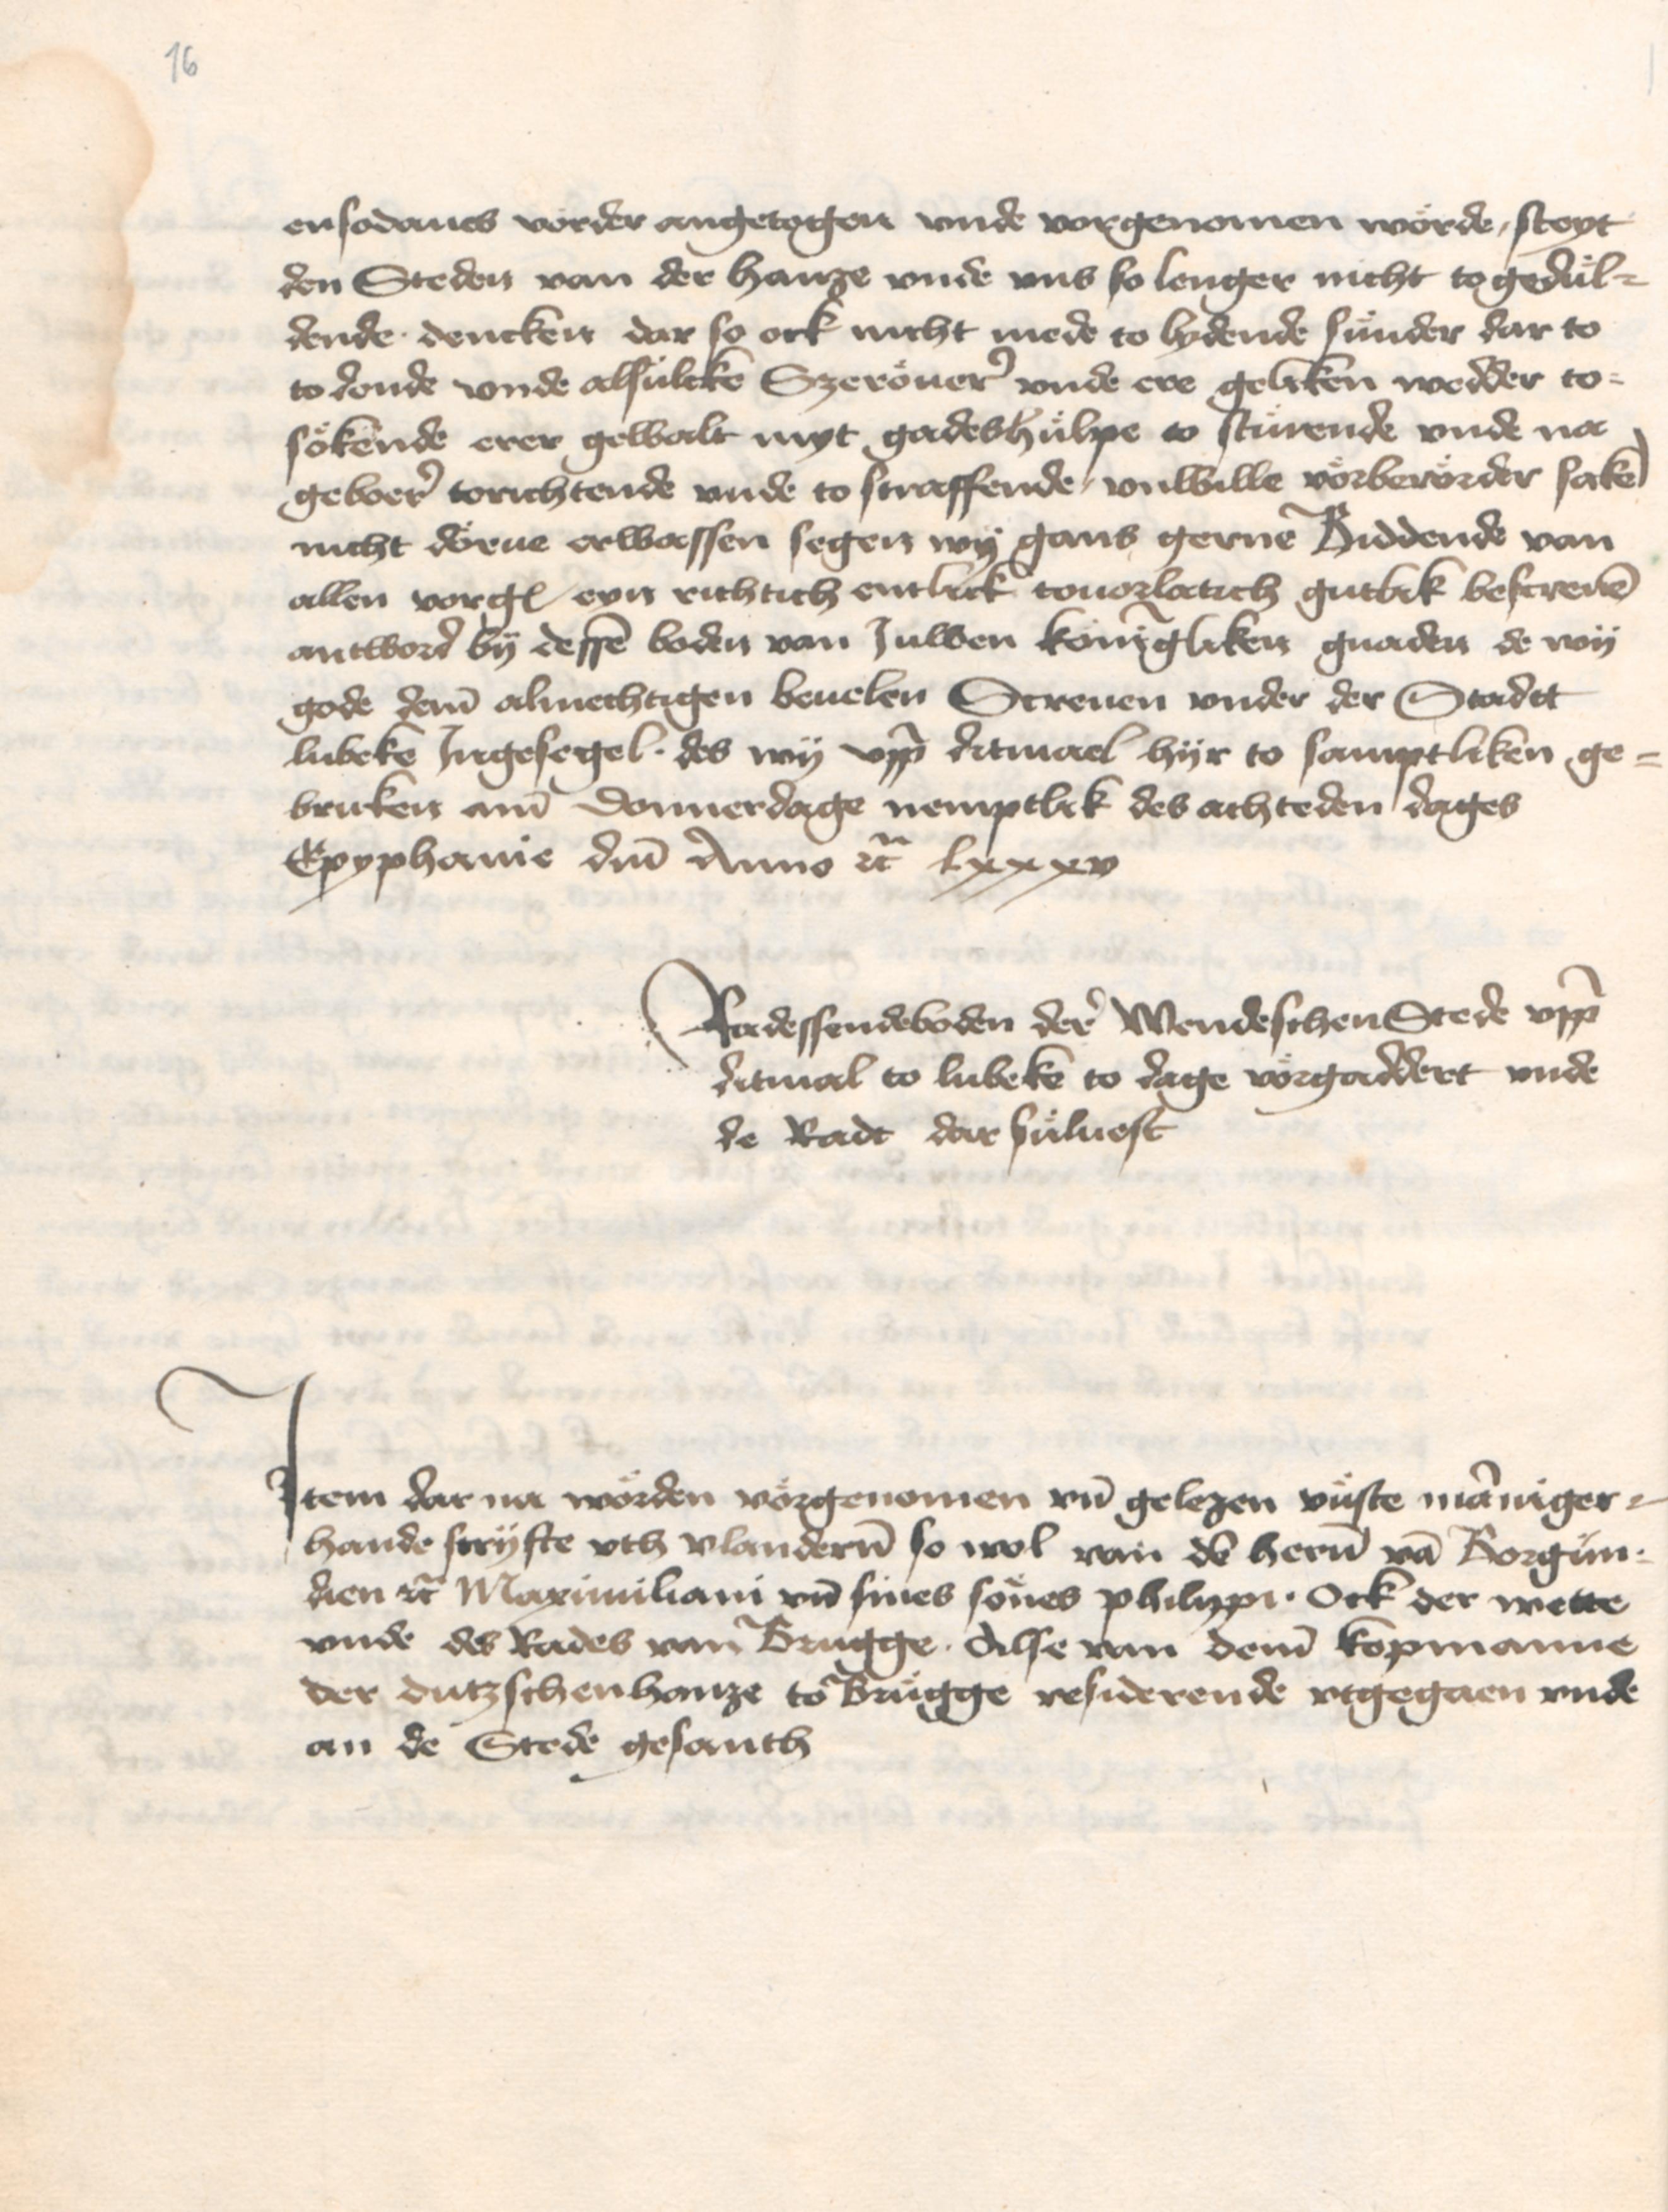
16

ensodanes vorder angetogen vnde vorgenomen worde, steyt
den Steden van der hanze vnde vns so lenger nicht togedul¬
dende . dencken dar so ock nicht mede to lydende sunder dar to
todonde vnde alsulcke Szeroeuer vnde ere geliken wedder to¬
soekende erer gewalt myt gadeshulpe to sturende vnde na
geboer torichtende vnde to straffende, vnwille voerberoerder sake
nicht doerue erwassen segen wy gans gerne Biddende van
allen vorgenomeden eyn richtich entlick touorlatich gutlik bescreuen
antword by dessen boden van Juwen koningliken gnaden de wy
gode deme almechtigen beuelen Screuen vnder der Stadtt
Lubeke Jnegesegel . des wy vppe ditmael hyr to samptliken ge¬
bruken ame donnerdage nemptlik des achteden dages
Epyphanie domini Anno etcetera lxxxv.

Radessendeboden der Wendeschen Stede vppe
ditmal to Lubeke to dage vorgaddert vnde
de Radt darsueluest.

Jtem dar na woerden voergenomen vnd gelezen vueste manniger¬
hande scryfte vth Vlanderen so wol van den heren van Borgun¬
dien etcetera Maximiliani vnd sines soenes Philippi . ock der wette
vnde des Rades van Brugge . Alse van deme kopmanne
der dutzschen hanze to Brugge residerende vtgegaen vnde
an de Stede gesanth.